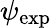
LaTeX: \psi_{\mathrm{exp}}